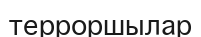
терроршылар